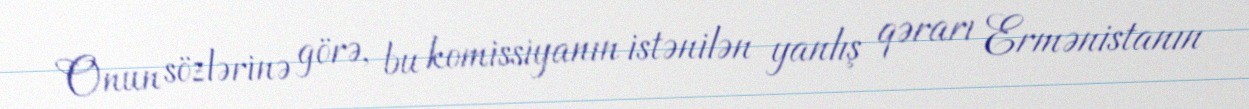
Onun sözlərinə görə, bu komissiyanın istənilən yanlış qərarı Ermənistanın